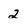
Character: 2